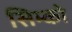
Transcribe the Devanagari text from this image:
सिम्को